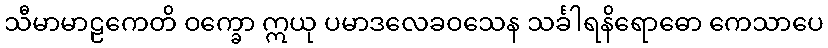
သီမာမာဠကေတိ ဝက္ခော ဣယု ပမာဒလေခဝသေန သင်္ခါရနိရောဓော ကေသာပေ